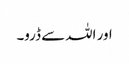
اور اللہ سے ڈرو۔